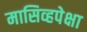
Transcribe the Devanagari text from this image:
मासिव्हपेक्षा